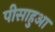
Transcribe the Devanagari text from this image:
पीसाहुआ